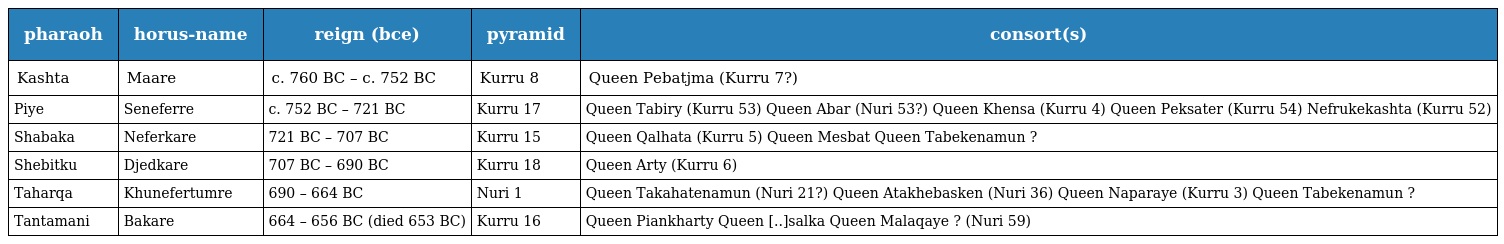
| pharaoh | horus-name | reign (bce) | pyramid | consort(s) |
 | --- | --- | --- | --- | --- |
 | Kashta | Maare | c. 760 BC – c. 752 BC | Kurru 8 | Queen Pebatjma (Kurru 7?) |
 | Piye | Seneferre | c. 752 BC – 721 BC | Kurru 17 | Queen Tabiry (Kurru 53) Queen Abar (Nuri 53?) Queen Khensa (Kurru 4) Queen Peksater (Kurru 54) Nefrukekashta (Kurru 52) |
 | Shabaka | Neferkare | 721 BC – 707 BC | Kurru 15 | Queen Qalhata (Kurru 5) Queen Mesbat Queen Tabekenamun ? |
 | Shebitku | Djedkare | 707 BC – 690 BC | Kurru 18 | Queen Arty (Kurru 6) |
 | Taharqa | Khunefertumre | 690 – 664 BC | Nuri 1 | Queen Takahatenamun (Nuri 21?) Queen Atakhebasken (Nuri 36) Queen Naparaye (Kurru 3) Queen Tabekenamun ? |
 | Tantamani | Bakare | 664 – 656 BC (died 653 BC) | Kurru 16 | Queen Piankharty Queen [..]salka Queen Malaqaye ? (Nuri 59) |